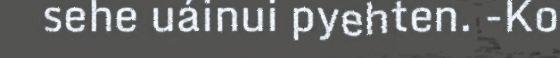
sehe uáinui pyehten. -Ko